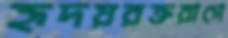
হৃদয়রক্তরাগে